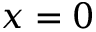
x = 0